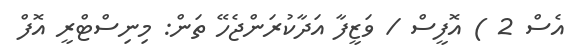
އެސް 2 ) އޮފީސް / ވަޒީފާ އަދާކުރަންޖެހޭ ތަން: މިނިސްޓްރީ އޮފް